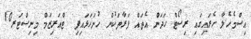
އިސްމެހެލާ ހެރައިގައި ރިސޯޓް ހަދަން އެތައް ފަރާތަކުން ހުށަހަޅައިފި  ޓްއަރިޒަމް މިނިސްޓަރ10